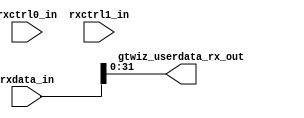
//------------------------------------------------------------------------------
//  (c) Copyright 2013-2015 Xilinx, Inc. All rights reserved.
//
//  This file contains confidential and proprietary information
//  of Xilinx, Inc. and is protected under U.S. and
//  international copyright and other intellectual property
//  laws.
//
//  DISCLAIMER
//  This disclaimer is not a license and does not grant any
//  rights to the materials distributed herewith. Except as
//  otherwise provided in a valid license issued to you by
//  Xilinx, and to the maximum extent permitted by applicable
//  law: (1) THESE MATERIALS ARE MADE AVAILABLE "AS IS" AND
//  WITH ALL FAULTS, AND XILINX HEREBY DISCLAIMS ALL WARRANTIES
//  AND CONDITIONS, EXPRESS, IMPLIED, OR STATUTORY, INCLUDING
//  BUT NOT LIMITED TO WARRANTIES OF MERCHANTABILITY, NON-
//  INFRINGEMENT, OR FITNESS FOR ANY PARTICULAR PURPOSE; and
//  (2) Xilinx shall not be liable (whether in contract or tort,
//  including negligence, or under any other theory of
//  liability) for any loss or damage of any kind or nature
//  related to, arising under or in connection with these
//  materials, including for any direct, or any indirect,
//  special, incidental, or consequential loss or damage
//  (including loss of data, profits, goodwill, or any type of
//  loss or damage suffered as a result of any action brought
//  by a third party) even if such damage or loss was
//  reasonably foreseeable or Xilinx had been advised of the
//  possibility of the same.
//
//  CRITICAL APPLICATIONS
//  Xilinx products are not designed or intended to be fail-
//  safe, or for use in any application requiring fail-safe
//  performance, such as life-support or safety devices or
//  systems, Class III medical devices, nuclear facilities,
//  applications related to the deployment of airbags, or any
//  other applications that could lead to death, personal
//  injury, or severe property or environmental damage
//  (individually and collectively, "Critical
//  Applications"). Customer assumes the sole risk and
//  liability of any use of Xilinx products in Critical
//  Applications, subject only to applicable laws and
//  regulations governing limitations on product liability.
//
//  THIS COPYRIGHT NOTICE AND DISCLAIMER MUST BE RETAINED AS
//  PART OF THIS FILE AT ALL TIMES.
//------------------------------------------------------------------------------

// ***************************
// * DO NOT MODIFY THIS FILE *
// ***************************

`timescale 1ps/1ps

module gtwizard_ultrascale_v1_7_4_gtwiz_userdata_rx #(

  parameter integer P_RX_USER_DATA_WIDTH       = 32,
  parameter integer P_RX_DATA_DECODING         = 0,
  parameter integer P_TOTAL_NUMBER_OF_CHANNELS = 1

)(

  input  wire [(P_TOTAL_NUMBER_OF_CHANNELS*128)-1:0]                  rxdata_in,
  input  wire [(P_TOTAL_NUMBER_OF_CHANNELS* 16)-1:0]                  rxctrl0_in,
  input  wire [(P_TOTAL_NUMBER_OF_CHANNELS* 16)-1:0]                  rxctrl1_in,
  output wire [(P_TOTAL_NUMBER_OF_CHANNELS*P_RX_USER_DATA_WIDTH)-1:0] gtwiz_userdata_rx_out

);


  // -------------------------------------------------------------------------------------------------------------------
  // Receiver user data width sizing conditional generation, based on parameter values in module instantiation
  // -------------------------------------------------------------------------------------------------------------------
  generate if (1) begin : gen_gtwiz_userdata_rx_main
    genvar ch_idx;

    // If receiver data decoding is either not raw mode, or is raw mode but user data width is not modulus 10, then
    // simply assign the user-facing data vector with the active data bits from the transceiver-facing RXDATA vector.
    if ((P_RX_DATA_DECODING != 0) ||
       ((P_RX_DATA_DECODING == 0) && (P_RX_USER_DATA_WIDTH % 10 != 0))) begin : gen_rxdata

      for (ch_idx = 0; ch_idx < P_TOTAL_NUMBER_OF_CHANNELS; ch_idx = ch_idx + 1) begin : gen_assign
        assign gtwiz_userdata_rx_out[(P_RX_USER_DATA_WIDTH*ch_idx)+P_RX_USER_DATA_WIDTH-1:
                                     (P_RX_USER_DATA_WIDTH*ch_idx)] =
          rxdata_in[(128*ch_idx)+P_RX_USER_DATA_WIDTH-1:(128*ch_idx)];
      end

    end

    // If receiver data decoding is raw mode and user data width is modulus 10, then assign the user-facing data vector
    // with the specified combination of transceiver-facing RXDATA, RXCTRL0, and RXCTRL1 vectors. The interleaving of
    // these vectors is always in a repeating 8-1-1 bit pattern, scaling with the user data width size.
    else begin : gen_rxdata_rxctrl

      case (P_RX_USER_DATA_WIDTH)
        20:
          for (ch_idx = 0; ch_idx < P_TOTAL_NUMBER_OF_CHANNELS; ch_idx = ch_idx + 1) begin : gen_width20
            assign gtwiz_userdata_rx_out [(ch_idx*20)+19:(ch_idx*20)] =
              {rxctrl1_in[(ch_idx* 16)+1],
               rxctrl0_in[(ch_idx* 16)+1],
               rxdata_in [(ch_idx*128)+15:(ch_idx*128)+8],
               rxctrl1_in[(ch_idx* 16)],
               rxctrl0_in[(ch_idx* 16)],
               rxdata_in [(ch_idx*128)+7:ch_idx*128]};
          end

        40:
          for (ch_idx = 0; ch_idx < P_TOTAL_NUMBER_OF_CHANNELS; ch_idx = ch_idx + 1) begin : gen_width40
            assign gtwiz_userdata_rx_out [(ch_idx*40)+39:(ch_idx*40)] =
              {rxctrl1_in[(ch_idx* 16)+3],
               rxctrl0_in[(ch_idx* 16)+3],
               rxdata_in [(ch_idx*128)+31:(ch_idx*128)+24],
               rxctrl1_in[(ch_idx* 16)+2],
               rxctrl0_in[(ch_idx* 16)+2],
               rxdata_in [(ch_idx*128)+23:(ch_idx*128)+16],
               rxctrl1_in[(ch_idx* 16)+1],
               rxctrl0_in[(ch_idx* 16)+1],
               rxdata_in [(ch_idx*128)+15:(ch_idx*128)+8],
               rxctrl1_in[(ch_idx* 16)],
               rxctrl0_in[(ch_idx* 16)],
               rxdata_in [(ch_idx*128)+7:ch_idx*128]};
          end

        80:
          for (ch_idx = 0; ch_idx < P_TOTAL_NUMBER_OF_CHANNELS; ch_idx = ch_idx + 1) begin : gen_width80
            assign gtwiz_userdata_rx_out [(ch_idx*80)+79:(ch_idx*80)] =
              {rxctrl1_in[(ch_idx* 16)+7],
               rxctrl0_in[(ch_idx* 16)+7],
               rxdata_in [(ch_idx*128)+63:(ch_idx*128)+56],
               rxctrl1_in[(ch_idx* 16)+6],
               rxctrl0_in[(ch_idx* 16)+6],
               rxdata_in [(ch_idx*128)+55:(ch_idx*128)+48],
               rxctrl1_in[(ch_idx* 16)+5],
               rxctrl0_in[(ch_idx* 16)+5],
               rxdata_in [(ch_idx*128)+47:(ch_idx*128)+40],
               rxctrl1_in[(ch_idx* 16)+4],
               rxctrl0_in[(ch_idx* 16)+4],
               rxdata_in [(ch_idx*128)+39:(ch_idx*128)+32],
               rxctrl1_in[(ch_idx* 16)+3],
               rxctrl0_in[(ch_idx* 16)+3],
               rxdata_in [(ch_idx*128)+31:(ch_idx*128)+24],
               rxctrl1_in[(ch_idx* 16)+2],
               rxctrl0_in[(ch_idx* 16)+2],
               rxdata_in [(ch_idx*128)+23:(ch_idx*128)+16],
               rxctrl1_in[(ch_idx* 16)+1],
               rxctrl0_in[(ch_idx* 16)+1],
               rxdata_in [(ch_idx*128)+15:(ch_idx*128)+8],
               rxctrl1_in[(ch_idx* 16)],
               rxctrl0_in[(ch_idx* 16)],
               rxdata_in [(ch_idx*128)+7:ch_idx*128]};
          end

        160:
          for (ch_idx = 0; ch_idx < P_TOTAL_NUMBER_OF_CHANNELS; ch_idx = ch_idx + 1) begin : gen_width160
            assign gtwiz_userdata_rx_out [(ch_idx*160)+159:(ch_idx*160)] =
              {rxctrl1_in[(ch_idx* 16)+15],
               rxctrl0_in[(ch_idx* 16)+15],
               rxdata_in [(ch_idx*128)+127:(ch_idx*128)+120],
               rxctrl1_in[(ch_idx* 16)+14],
               rxctrl0_in[(ch_idx* 16)+14],
               rxdata_in [(ch_idx*128)+119:(ch_idx*128)+112],
               rxctrl1_in[(ch_idx* 16)+13],
               rxctrl0_in[(ch_idx* 16)+13],
               rxdata_in [(ch_idx*128)+111:(ch_idx*128)+104],
               rxctrl1_in[(ch_idx* 16)+12],
               rxctrl0_in[(ch_idx* 16)+12],
               rxdata_in [(ch_idx*128)+103:(ch_idx*128)+96],
               rxctrl1_in[(ch_idx* 16)+11],
               rxctrl0_in[(ch_idx* 16)+11],
               rxdata_in [(ch_idx*128)+95:(ch_idx*128)+88],
               rxctrl1_in[(ch_idx* 16)+10],
               rxctrl0_in[(ch_idx* 16)+10],
               rxdata_in [(ch_idx*128)+87:(ch_idx*128)+80],
               rxctrl1_in[(ch_idx* 16)+9],
               rxctrl0_in[(ch_idx* 16)+9],
               rxdata_in [(ch_idx*128)+79:(ch_idx*128)+72],
               rxctrl1_in[(ch_idx* 16)+8],
               rxctrl0_in[(ch_idx* 16)+8],
               rxdata_in [(ch_idx*128)+71:(ch_idx*128)+64],
               rxctrl1_in[(ch_idx* 16)+7],
               rxctrl0_in[(ch_idx* 16)+7],
               rxdata_in [(ch_idx*128)+63:(ch_idx*128)+56],
               rxctrl1_in[(ch_idx* 16)+6],
               rxctrl0_in[(ch_idx* 16)+6],
               rxdata_in [(ch_idx*128)+55:(ch_idx*128)+48],
               rxctrl1_in[(ch_idx* 16)+5],
               rxctrl0_in[(ch_idx* 16)+5],
               rxdata_in [(ch_idx*128)+47:(ch_idx*128)+40],
               rxctrl1_in[(ch_idx* 16)+4],
               rxctrl0_in[(ch_idx* 16)+4],
               rxdata_in [(ch_idx*128)+39:(ch_idx*128)+32],
               rxctrl1_in[(ch_idx* 16)+3],
               rxctrl0_in[(ch_idx* 16)+3],
               rxdata_in [(ch_idx*128)+31:(ch_idx*128)+24],
               rxctrl1_in[(ch_idx* 16)+2],
               rxctrl0_in[(ch_idx* 16)+2],
               rxdata_in [(ch_idx*128)+23:(ch_idx*128)+16],
               rxctrl1_in[(ch_idx* 16)+1],
               rxctrl0_in[(ch_idx* 16)+1],
               rxdata_in [(ch_idx*128)+15:(ch_idx*128)+8],
               rxctrl1_in[(ch_idx* 16)],
               rxctrl0_in[(ch_idx* 16)],
               rxdata_in [(ch_idx*128)+7:ch_idx*128]};
          end

        default:
          begin : gen_default
            // The default case is a configuration error scenario should never be exercised
            assign gtwiz_userdata_rx_out = {P_TOTAL_NUMBER_OF_CHANNELS*P_RX_USER_DATA_WIDTH{1'b1}};
          end
      endcase

    end

  end
  endgenerate


endmodule